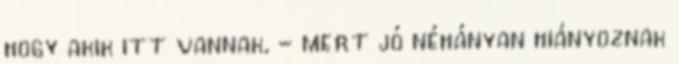
hogy akik itt vannak, - mert jó néhányan hiányoznak